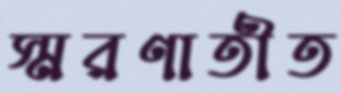
স্মরণাতীত